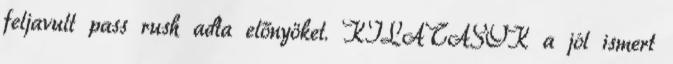
feljavult pass rush adta előnyöket. KILÁTÁSOK a jól ismert